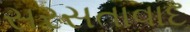
સરસતાવાદ